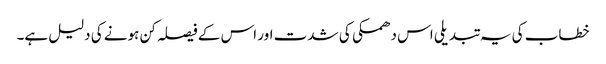
خطاب کی یہ تبدیلی اس دھمکی کی شدت اور اس کے فیصلہ کن ہونے کی دلیل ہے۔